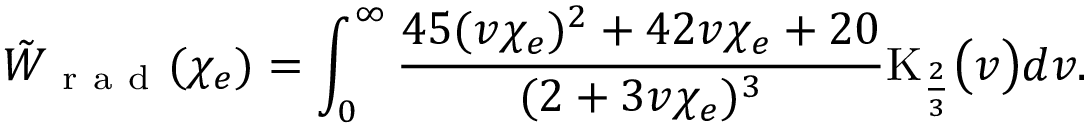
\tilde { W } _ { \mathrm { ~ r ~ a ~ d ~ } } ( \chi _ { e } ) = \int _ { 0 } ^ { \infty } \frac { 4 5 ( v \chi _ { e } ) ^ { 2 } + 4 2 v \chi _ { e } + 2 0 } { ( 2 + 3 v \chi _ { e } ) ^ { 3 } } \mathrm { K } _ { \frac { 2 } { 3 } } \bigl ( v \bigr ) d v .